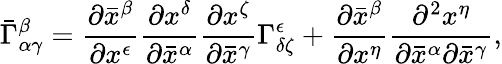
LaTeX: {\bar{\Gamma}}_{\alpha\gamma}^{\beta}={\frac{\partial{\bar{x}}^{\beta}}{\partial x^{\epsilon}}}{\frac{\partial x^{\delta}}{\partial{\bar{x}}^{\alpha}}}{\frac{\partial x^{\zeta}}{\partial{\bar{x}}^{\gamma}}}\Gamma_{\delta\zeta}^{\epsilon}+{\frac{\partial{\bar{x}}^{\beta}}{\partial x^{\eta}}}{\frac{\partial^{2}x^{\eta}}{\partial{\bar{x}}^{\alpha}\partial{\bar{x}}^{\gamma}}},